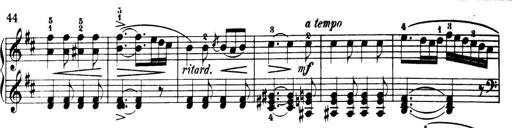
Title: 32 Sonatinas and Rondos for the Piano
Composer: Richard Kleinmichel